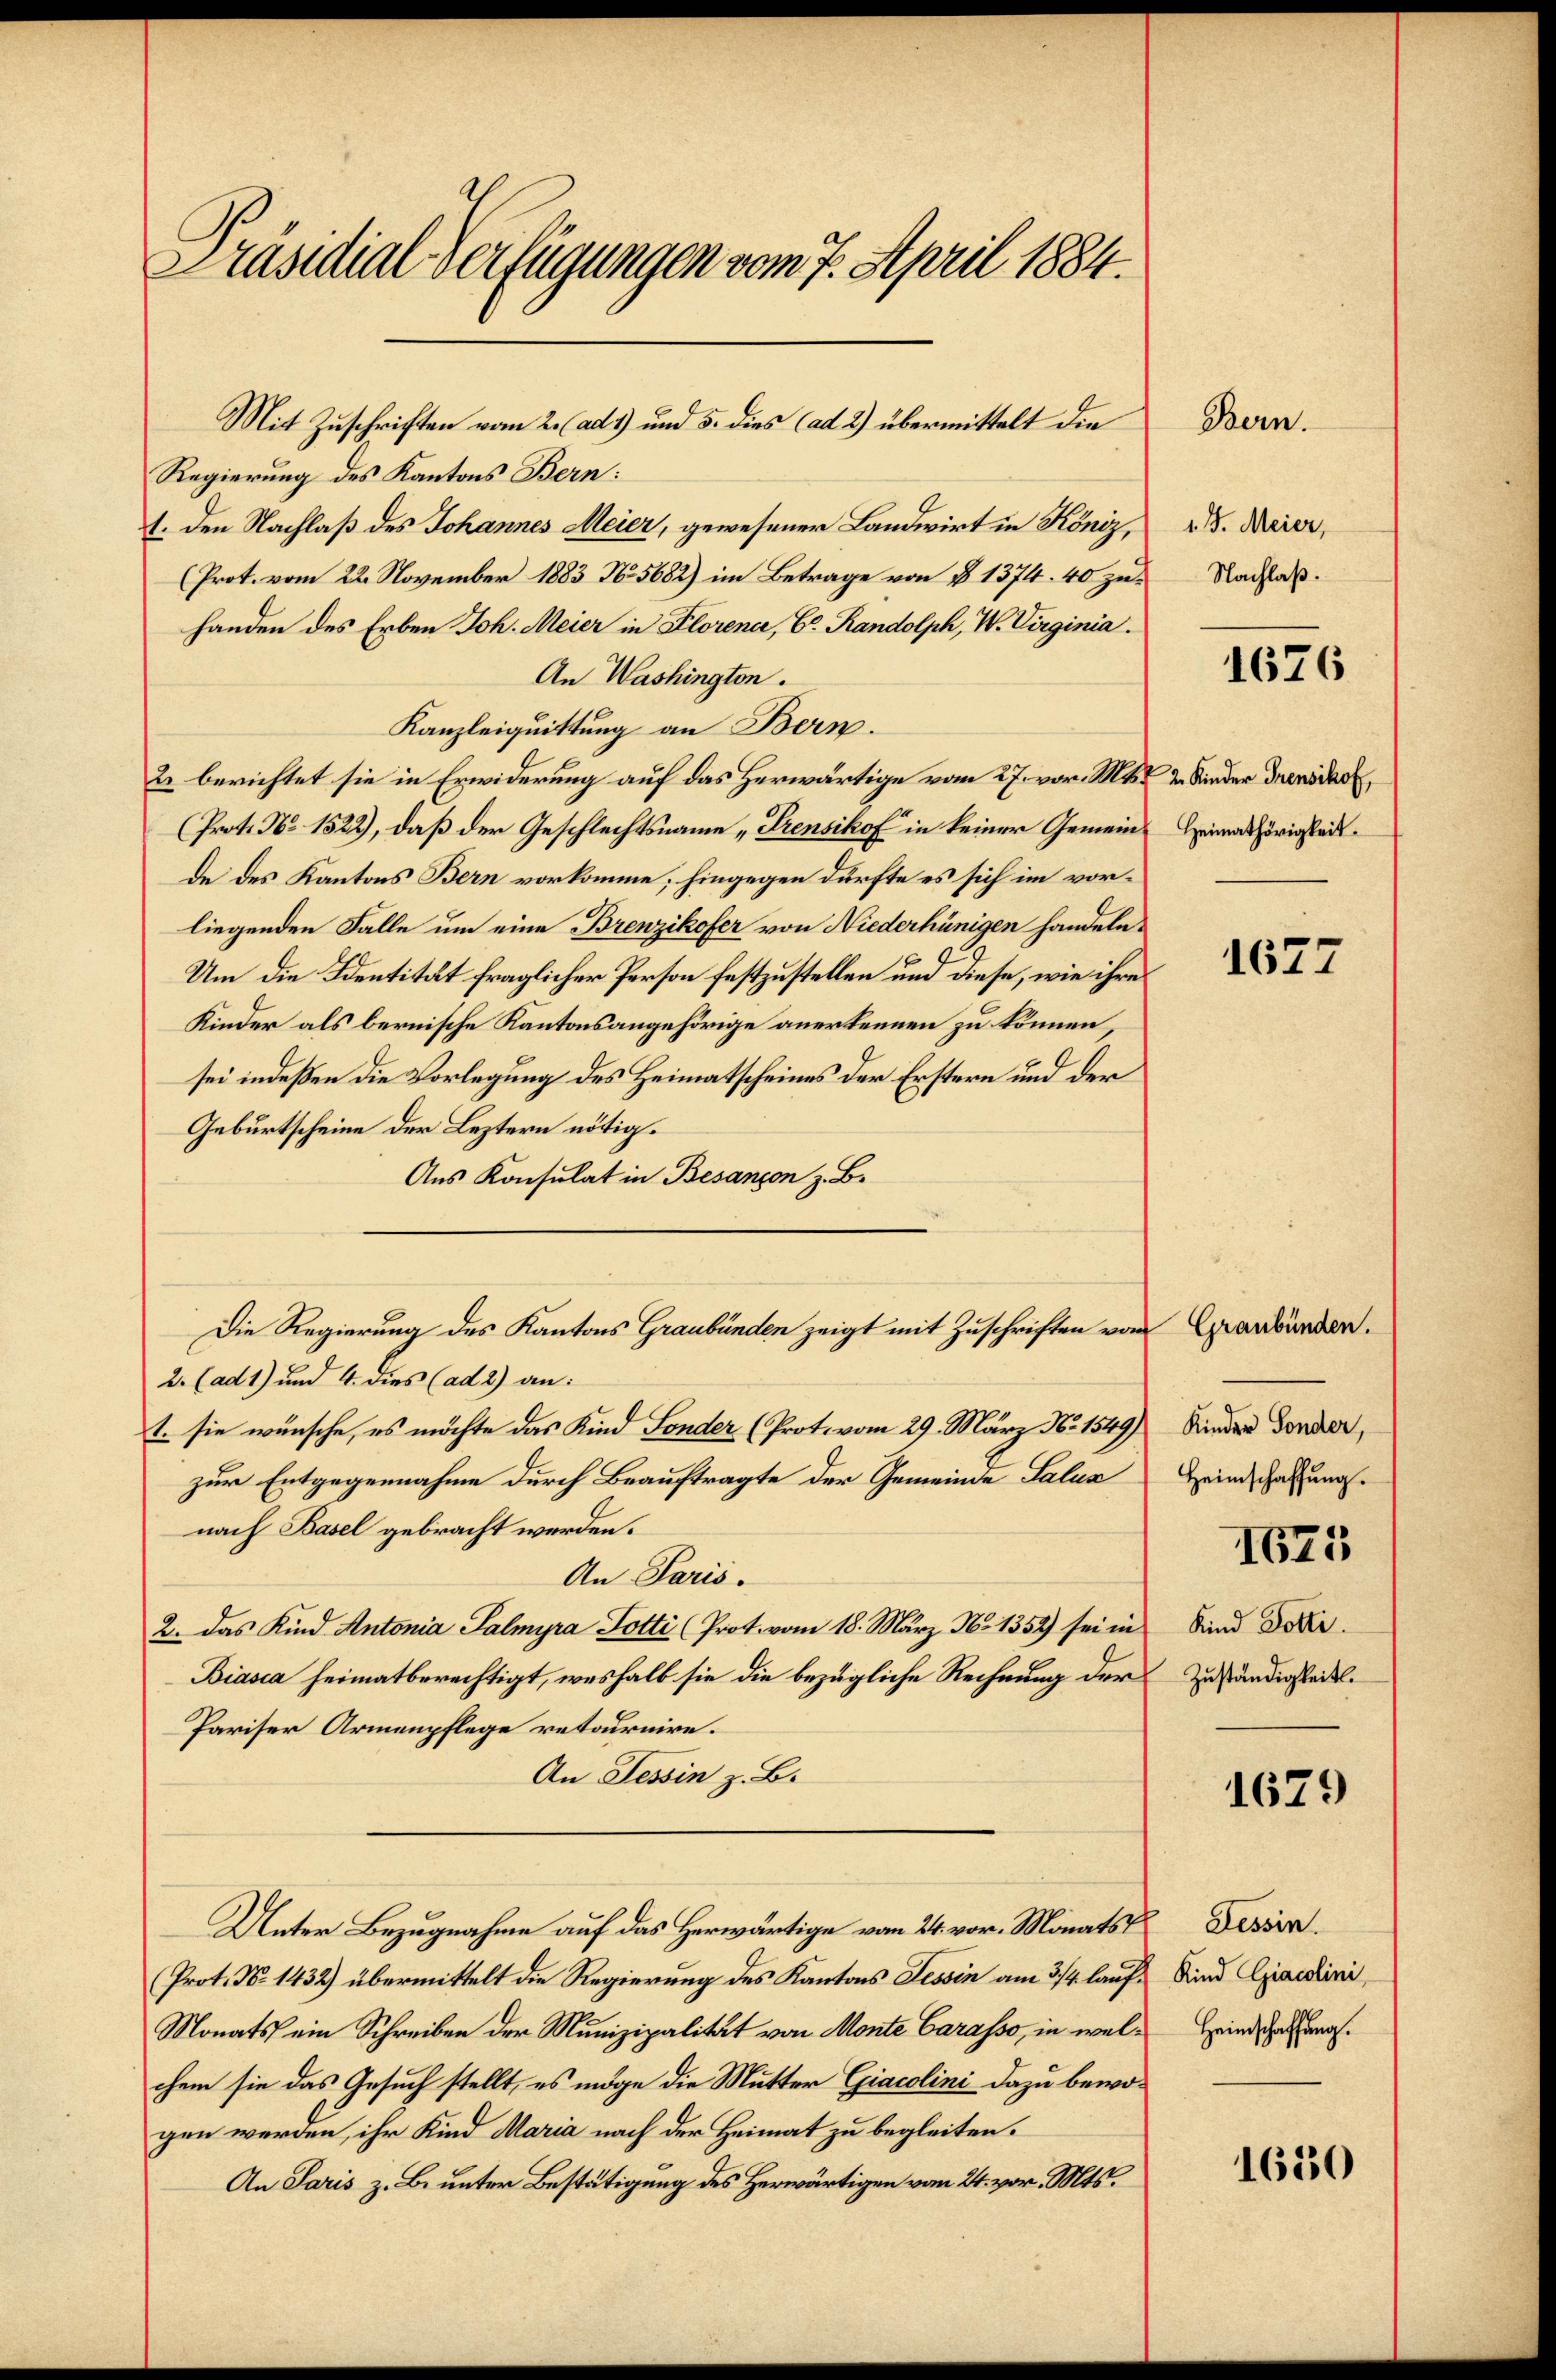
Präsidial-Verfügungen vom 7. April 1884.

Regierung des Kantons Bern:
1. den Nachlaß des Johannes Meier, gewesener Landwirt in Köniz,
(Prot. vom 22. November 1883 No. 5682) im Betrage von § 1374. 40 zuhanden des Erben Joh. Meier in Florena, Gr. Randolph, W. Virginia.
An Washington.
Kanzleigquittung an Bern.
2. berichtet sie in Erwiderung auf das Herwärtige vom 27. vor. Mts. & 2 Kinder Trensdar,
(Prot. No 1522), daß der Geschlechtsname „Frensihof in keiner Gemein Heimathörigkeit.
de des Kantons Bern vorkomme; hingegen dürfte es sich im vorliegenden Falle um eine Brenzikofer von Niederhünigen handeln,
Um die Identität fraglicher Person festzustellen und diese, wie ihre
Kinder als bernische Kantonsangehörige anerkennen zu können,
sei indeßen die Vorlegung des Heimatscheines der Erstern und der
Geburtscheine der Leztern nötig.
Aus Konsulat in Besançon z. B.
Die Regierung des Kantons Graubünden zeigt mit Zuschriften von Graubünden.
2. (ad 1) und 4. dies (ad 2) an:
t. sie wünsche, es möchte das Kind Sonder (Prot. vom 29. März Nr. 1549)
zur Entgegennahme durch Beauftragte der Gemeinde Salua Heinschaftungsnach Basel gebracht werden.
An Paris.
2. Das Kind Antonia Palmyra Potti (Prot. vom 18. März No. 1352) sei in
Biasca heimatberechtigt, weshalb sie die bezügliche Rechnung der
Pariser Armenpflege retournire.
An Tessin z. B.
Unter Bezugnahme auf das Herwärtige vom 24. vor. Monats Desser
Prot. No. 1432) übermittelt die Regierung des Kantons Tessin am 3/4 lauf Kind Candini,
Monats ein Schreiben der Munizipalität von Monte Carasso, in welchem sie das Gesuch stellt, es möge die Mutter Giacolini dazu bewogen werden, ihr Kind Maria nach der Heimat zu begleiten.
An Paris z. B. unter Bestätigung des Herwärtigen vom 24. vor. Mts.

Mit Zuschriften vom 2. (ad 1) und 5. dies (ad 2) übermittelt die

1 J. Meier,
Nachlaß.

Bern.

1676

1677

Kinder Sonder,
1625
Kind Dotti.
Zuständigkeit.

1679

Heimschaffung.

1630